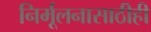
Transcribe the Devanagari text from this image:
निर्मूलनासाठीही